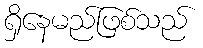
ရှိနေမည်ဖြစ်သည်